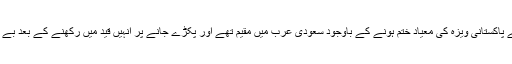
بے دخل ہونیوالے پاکستانی ویزہ کی معیاد ختم ہونے کے باوجود سعودی عرب میں مقیم تھے اور پکڑے جانے پر انہیں قید میں رکھنے کے بعد بے دخل کر دیا گیا ۔